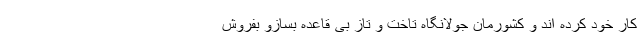
کار خود کرده اند و کشورمان جولانگاه تاخت و تاز بی قاعده بسازو بفروش